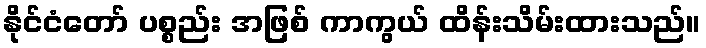
နိုင်ငံတော် ပစ္စည်း အဖြစ် ကာကွယ် ထိန်းသိမ်းထားသည်။